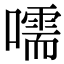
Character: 嚅